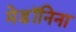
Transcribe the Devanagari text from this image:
मेडॉनिना